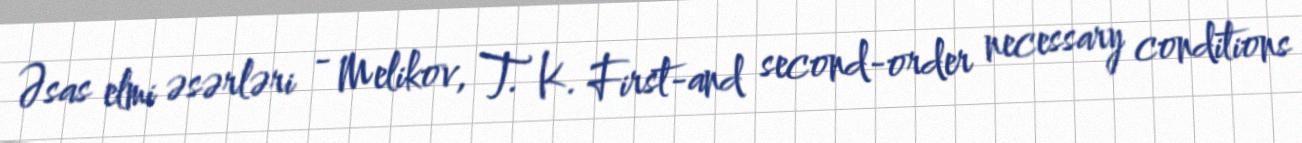
Əsas elmi əsərləri - Melikov, T. K. First-and second-order necessary conditions